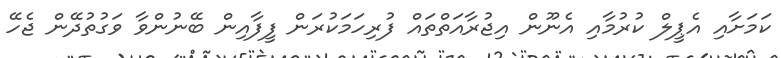
ކަމަށާއި އެޕީލް ކުރުމާއި އެނޫން އިޖުރާއަތްތައް ފުރިހަމަކުރަން ފީފާއިން ބޭނުންވާ ވަގުތުދޭން ޖެހޭ